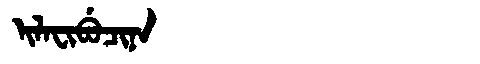
Manchu: ᡳᠯᠠᠸᡳᠪᡠᠴᡳᠨᠠ
Romanization: ILAFIBUCINA